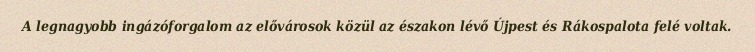
A legnagyobb ingázóforgalom az elővárosok közül az északon lévő Újpest és Rákospalota felé voltak.